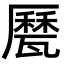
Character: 㽁